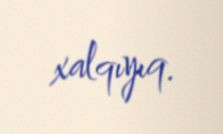
xalqıyıq.